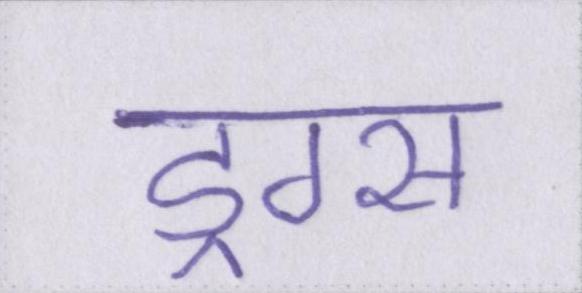
ड्रग्स